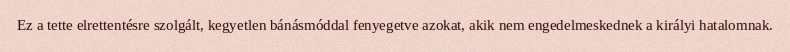
Ez a tette elrettentésre szolgált, kegyetlen bánásmóddal fenyegetve azokat, akik nem engedelmeskednek a királyi hatalomnak.